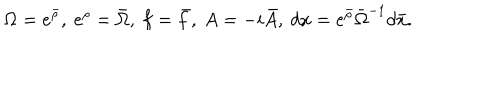
\Omega = e ^ { \bar { \rho } } , \ e ^ { \rho } = \bar { \Omega } , \ f = \bar { f } , \ A = - i \bar { A } , \ d x = e ^ { \bar { \rho } } \bar { \Omega } ^ { - 1 } d \bar { x } .